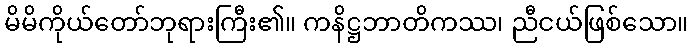
မိမိကိုယ်တော်ဘုရားကြီး၏။ ကနိဋ္ဌဘာတိကဿ၊ ညီငယ်ဖြစ်သော။